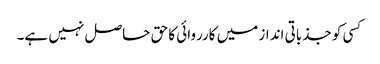
کسی کو جذباتی انداز میں کارروائی کا حق حاصل نہیں ہے۔